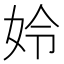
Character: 姈